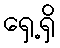
ရှေ့ရှိ